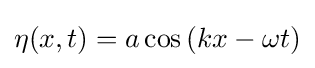
\eta (x,t)=a\cos \left(kx-\omega t\right)